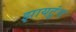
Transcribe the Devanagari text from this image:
झायटुंग